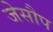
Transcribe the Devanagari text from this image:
जेसौप